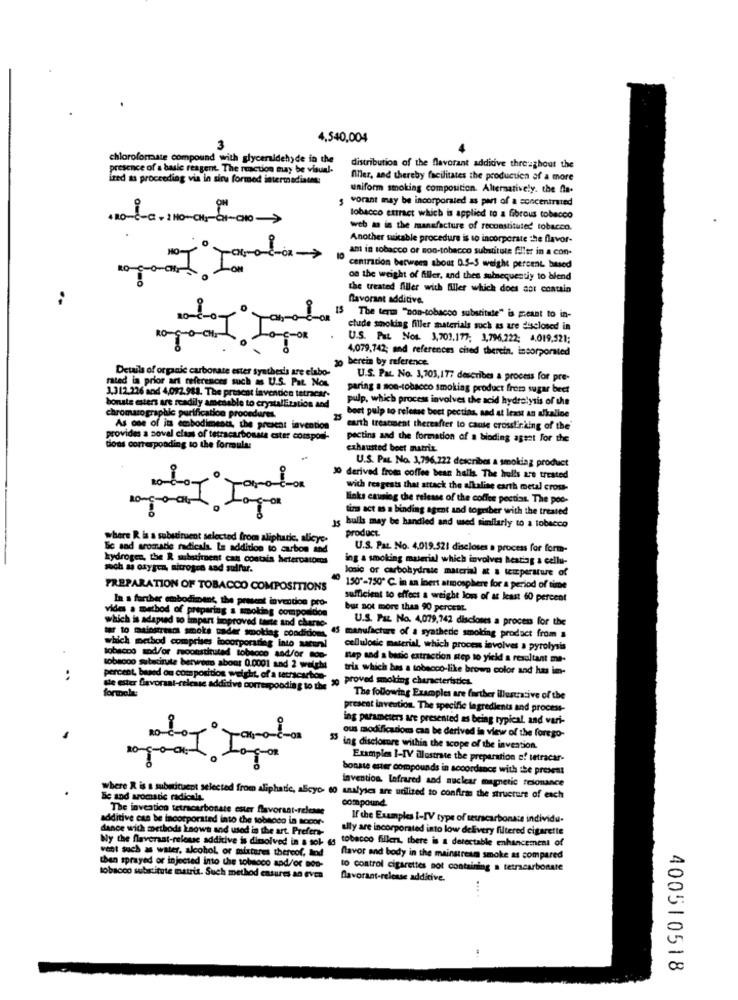
4,540,004
3
chloroformate compound with glyceraldehyde in the
presence of a basic reagent. The rmiction Buy be visual.
distribution of the flavorant additive throughout the
Ired as proceeding via in siru formed intermediates:
fler, and thereby facilitates the production of a more
uniform smoking composition. Alternatively. the fla-
vorant may be incorporated as part of a concentrated
tobacco ettract which is applied to a fibrous tobacco
web a in the manufacture of reconstituted tobacco.
Another suitable procedure is to incorporate the flavor-
ant in tobacco or non-tobacco substitute filler in a con-
10
centracion between about 0.5-S weight percent based
on the weight of filler, and then subsequently to blend
the treated filler with filler which does aor contain
favorant additive.
13 The term "non-tobacco substitute" is meant to in-
etude smoking filler materials such as are disclosed in
U.S. Pat Nog. 3,701.177; 3,796,222; 4.019,521;
4,079,742; and references cised therein, incorporated
berein by reference.
Details of organic carbonate ester synthesis are elabo-
rated in prior ant references such as U.S. Pat. Non
U.S. Par. No. 3,703,177 describes a process for pre-
paring a son-tobacco smoking product frets sugar beet
3.312.226 and 4,092.988. The prescot lavenden tetracar-
bonate esters are readily amenable to crystalEization and
pulp, which process involves the acid hydrolysis of the
chromatographic purification procedures.
25
bort pulp to release beet pectias, aad at least an alkaline
As one of its embodiment, the present invention
earth treatment thereafter to cante crosslinking of the
provides a zoval class of tetracarbonate cater componi-
pectina and the formation of a binding agset For the
does corresponding to the formulas
exhausted boet matrix.
U.S. Par. No. 3,796,722 describes a smoking product
10 derived from coffee bean halls. The bulls are treated
with reagests that attack the alkaline earth metal cross-
links causing the release of the coffee pectias. The poc-
tina act as a binding agent and togriber with the treated
is bulls may be handled and used similarly to a tobacco
product.
where R is a substituent selected from aliphatic, alicyc.
Bic and aromatie radicals. La addition to carbon and
U.S. Pat. No. 4.019.521 discloses a process for form-
hydrogen, the R subirent can contain heteroatomos
ing a smoking material which involves heating a cellu-
soch as oxygen, nitrogra aad suffer.
Ionic or carbohydrate material & a temperature of
PREPARATION OF TOBACCO COMPOSITIONS
150"-750 ℃. in an Inert atmosphere for a period of time
sufficient to effect a weight loss of at least 60 percent
vides a method of preparing & smoking compo
In a farther embodiment, the present invention pro
bur not more than 90 percent.
U.S. Paz No. 4,079,742 disciones a process for the
which is adapted to impart hoproved taste and ch
which method comprises
ter to mainstresms smoke nader smoklag conditions,
manufacture of a syathede smoking product from a
cellulosic material, which procen involves a pyrolysis
tobacco and/or reconstituted tobacco and/or top
nap sad a basic extraction step to yield a resultant me-
tobacco sebedirute berwodo abour 0.0001 and 2 welch
tris which has a tobacco-like brown color and has im-
percent, based on composition weight, of a tech
proved smoking characteristics.
Me ester Gavoraat-release additive correspondia
The following Examples are farther illustrative of the
presest invention. The specific ingredients and process-
ing parameters are presented as being typical, and vari-
ous modificadiom can be derived in view of the forego-
15 ing disclosure within the scope of the invention.
Examples I-IV illustrate the preparation of tetracar-
bonsse ester compounds in accordance with the present
invention Lofrared and nuclear magnetic resonance
Be and aromatic radicals.
where R is a substituent selected from aliphatic, alicyo- 60 analyses are utilized to confiras the structure of each
compound
The invention tetracarbonate ester flavorant-release
additive can be incorporated into the tobacco in socor-
If the Examples 1-[V type of tetracarbonate individu.
dance with methods knows and used in the art. Prefers-
uly are incorporated into low delivery filtered cigarette
Ny the flavorast-relosse additive is dimolved in a sok- 45
tobacco fillers, there is a detectable enhancement of
vent such as water, alcohol or mixtures thereof, led
then sprayed or injected into the tobacco and/or mos-
flavor and body in the mainstream smoke as compared
to control cigarettes not containing a tetracarbonate
tobacco substitute matriz. Such method ensures an even
Davorant-release additive.
400510518